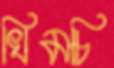
খিমচি